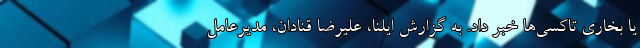
یا بخاری تاکسی‌ها خبر داد. به گزارش ایلنا، علیرضا قنادان، مدیرعامل